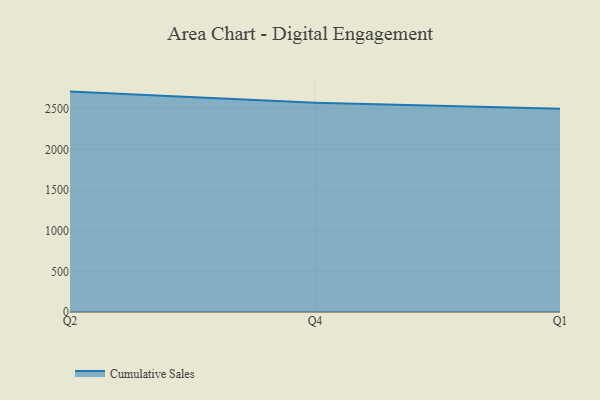
{"axis": {"x": "Quarter", "y": "Satisfaction Score"}, "legend": ["Cumulative Sales"], "data": [{"x": "Q2", "y": 2709.2, "type": "Cumulative Sales"}, {"x": "Q4", "y": 2572.1, "type": "Cumulative Sales"}, {"x": "Q1", "y": 2498.4, "type": "Cumulative Sales"}]}